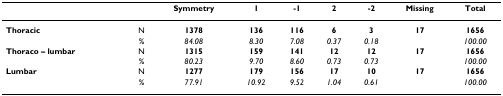
<table><thead><tr><td></td><td></td><td><b>Symmetry</b></td><td><b>1</b></td><td><b>-1</b></td><td><b>2</b></td><td><b>-2</b></td><td><b>Missing</b></td><td><b>Total</b></td></tr></thead><tbody><tr><td><b>Thoracic</b></td><td>N</td><td><b>1378</b></td><td><b>136</b></td><td><b>116</b></td><td><b>6</b></td><td><b>3</b></td><td><b>17</b></td><td><b>1656</b></td></tr><tr><td></td><td>%</td><td><i>84.08</i></td><td><i>8.30</i></td><td><i>7.08</i></td><td><i>0.37</i></td><td><i>0.18</i></td><td></td><td><i>100.00</i></td></tr><tr><td><b>Thoraco – lumbar</b></td><td>N</td><td><b>1315</b></td><td><b>159</b></td><td><b>141</b></td><td><b>12</b></td><td><b>12</b></td><td><b>17</b></td><td><b>1656</b></td></tr><tr><td></td><td>%</td><td><i>80.23</i></td><td><i>9.70</i></td><td><i>8.60</i></td><td><i>0.73</i></td><td><i>0.73</i></td><td></td><td><i>100.00</i></td></tr><tr><td><b>Lumbar</b></td><td>N</td><td><b>1277</b></td><td><b>179</b></td><td><b>156</b></td><td><b>17</b></td><td><b>10</b></td><td><b>17</b></td><td><b>1656</b></td></tr><tr><td></td><td>%</td><td><i>77.91</i></td><td><i>10.92</i></td><td><i>9.52</i></td><td><i>1.04</i></td><td><i>0.61</i></td><td></td><td><i>100.00</i></td></tr></tbody></table>